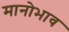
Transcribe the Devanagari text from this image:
मानोभाव